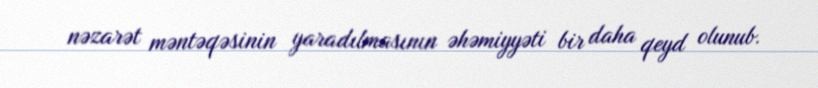
nəzarət məntəqəsinin yaradılmasının əhəmiyyəti bir daha qeyd olunub.